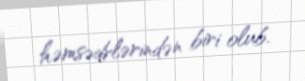
həmsədrlərindən biri olub.